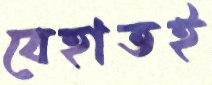
বেহাতই